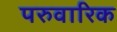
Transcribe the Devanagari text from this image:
परुवारिक